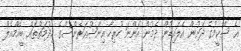
އެ ސްކީމުގެ ދަށުން އެލައިޑުން ދެމުން އަންނަ ހުރިހާ އިންޝުއަރެންސްގެ ހިދުމަތްތައް ބީއެމްއެލް